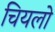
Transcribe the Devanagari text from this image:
चियलो